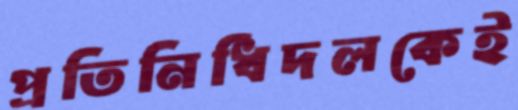
প্রতিনিধিদলকেই